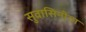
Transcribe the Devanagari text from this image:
सुवासिनीचा